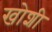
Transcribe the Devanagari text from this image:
खोशी